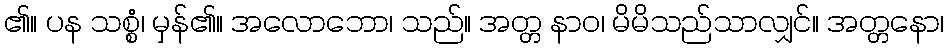
၏။ ပန သစ္စံ၊ မှန်၏။ အလောဘော၊ သည်။ အတ္တ နာဝ၊ မိမိသည်သာလျှင်။ အတ္တနော၊